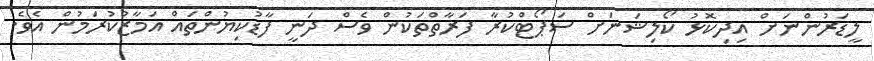
ލީޑަރުންނަށް އިދިކޮޅު ކޯލިޝަނަށް ސަޕޯޓްކުރާ ފަރާތްތަކުން ވެސް ދަނީ ފާޑުކިޔުންތައް އަމާޒުކުރަމުން އެވެ.